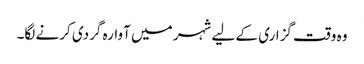
وہ وقت گزاری کے لیے شہر میں آوارہ گردی کرنے لگا۔